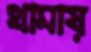
থামায়